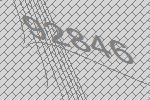
92846